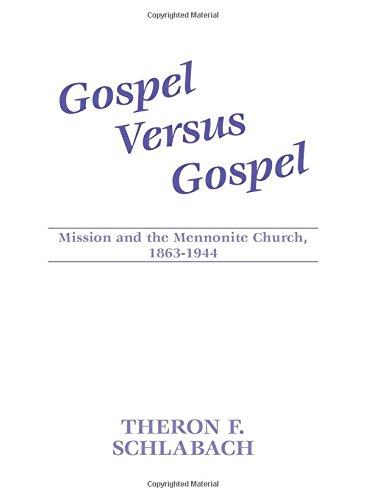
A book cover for Gospel Versus Gospel: Mission and the Mennonite Church, 1863-1944; Theron F. Schlabach; Christian Books & Bibles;